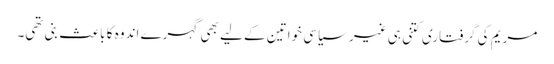
مریم کی گرفتاری کتنی ہی غیر سیاسی خواتین کے لیے بھی گہرے اندوہ کا باعث بنی تھی۔